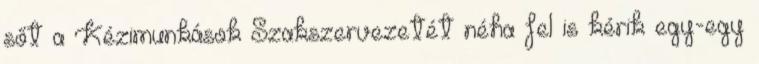
sőt a Kézimunkások Szakszervezetét néha fel is kérik egy-egy